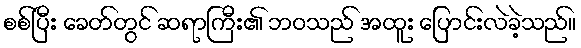
စစ်ပြီး ခေတ်တွင် ဆရာကြီး၏ ဘဝသည် အထူး ပြောင်းလဲခဲ့သည်။